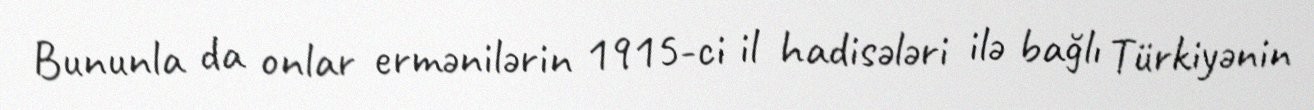
Bununla da onlar ermənilərin 1915-ci il hadisələri ilə bağlı Türkiyənin